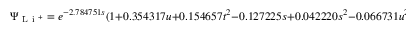
\Psi _ { \mathrm { ~ L ~ i ~ } ^ { + } } = e ^ { - 2 . 7 8 4 7 5 1 s } ( 1 + 0 . 3 5 4 3 1 7 u + 0 . 1 5 4 6 5 7 t ^ { 2 } - 0 . 1 2 7 2 2 5 s + 0 . 0 4 2 2 2 0 s ^ { 2 } - 0 . 0 6 6 7 3 1 u ^ { 2 } )